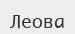
Леова